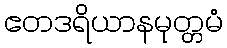
ဧတဒရိယာနမုတ္တမံ